画像に写った文字を読んでください
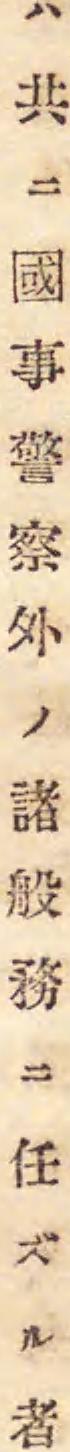
「ハ共ニ國事警察外ノ諸般務ニ任ズル者」と書いてあります